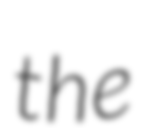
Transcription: the